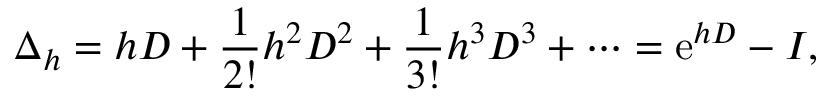
\Delta _ { h } = h D + { \frac { 1 } { 2 ! } } h ^ { 2 } D ^ { 2 } + { \frac { 1 } { 3 ! } } h ^ { 3 } D ^ { 3 } + \cdots = \mathrm { e } ^ { h D } - I ,